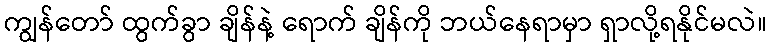
ကျွန်တော် ထွက်ခွာ ချိန်နဲ့ ရောက် ချိန်ကို ဘယ်နေရာမှာ ရှာလို့ရနိုင်မလဲ။